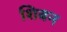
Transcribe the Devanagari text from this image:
शिबन